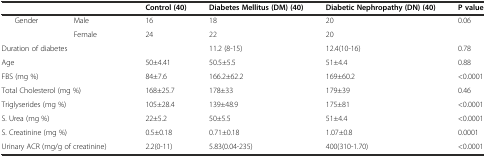
<table><thead><tr><td colspan="2"></td><td><b>Control (40)</b></td><td><b>Diabetes Mellitus (DM) (40)</b></td><td><b>Diabetic Nephropathy (DN) (40)</b></td><td><b>P value</b></td></tr></thead><tbody><tr><td rowspan="2">Gender</td><td>Male</td><td>16</td><td>18</td><td>20</td><td rowspan="2">0.06</td></tr><tr><td>Female</td><td>24</td><td>22</td><td>20</td></tr><tr><td colspan="2">Duration of diabetes</td><td></td><td>11.2 (8-15)</td><td>12.4(10-16)</td><td>0.78</td></tr><tr><td colspan="2">Age</td><td>50±4.41</td><td>50.5±5.5</td><td>51±4.4</td><td>0.88</td></tr><tr><td colspan="2">FBS (mg %)</td><td>84±7.6</td><td>166.2±62.2</td><td>169±60.2</td><td>&lt;0.0001</td></tr><tr><td colspan="2">Total Cholesterol (mg %)</td><td>168±25.7</td><td>178±33</td><td>179±39</td><td>0.46</td></tr><tr><td colspan="2">Triglyserides (mg %)</td><td>105±28.4</td><td>139±48.9</td><td>175±81</td><td>&lt;0.0001</td></tr><tr><td colspan="2">S. Urea (mg %)</td><td>22±5.2</td><td>50±5.5</td><td>51±4.4</td><td>&lt;0.0001</td></tr><tr><td colspan="2">S. Creatinine (mg %)</td><td>0.5±0.18</td><td>0.71±0.18</td><td>1.07±0.8</td><td>0.0001</td></tr><tr><td colspan="2">Urinary ACR (mg/g of creatinine)</td><td>2.2(0-11)</td><td>5.83(0.04-235)</td><td>400(310-1.70)</td><td>&lt;0.0001</td></tr></tbody></table>